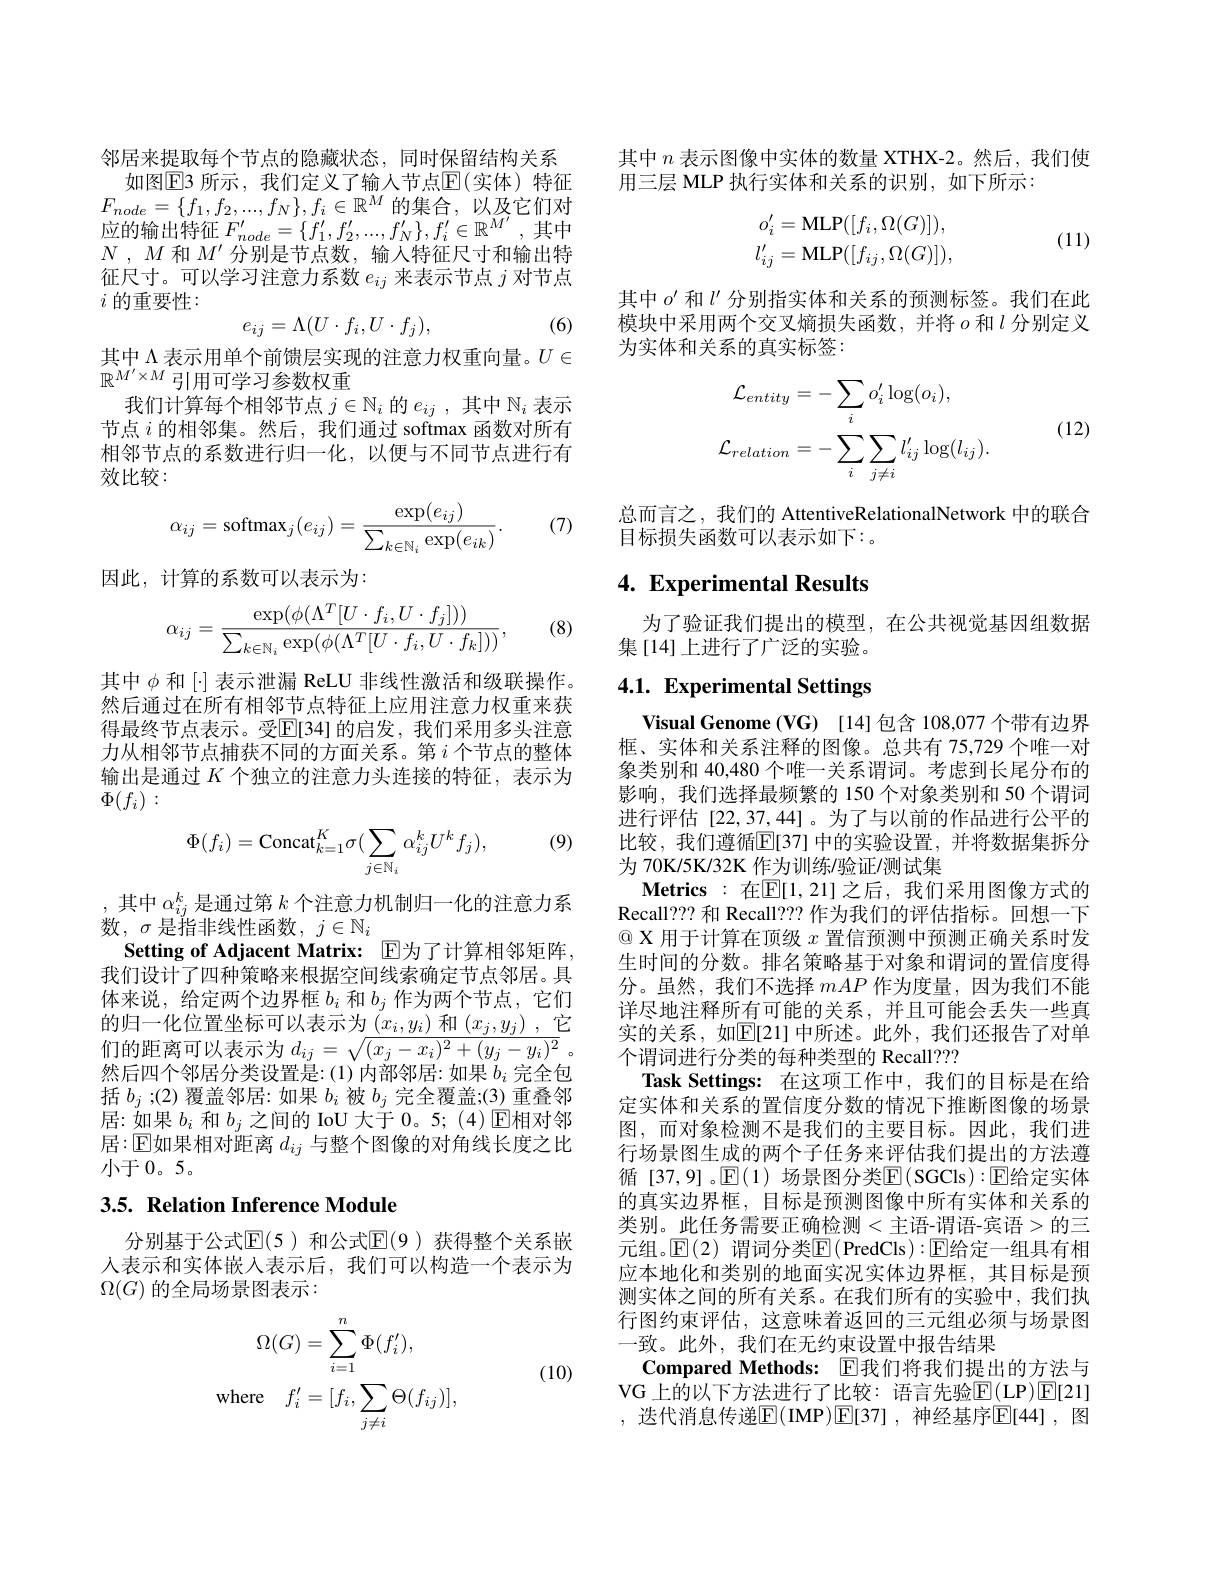
邻居来提取每个节点的隐藏状态，同时保留结构关系
如图$\overline{\mathrm{E}}$3 所示，我们定义了输人节点$\overline{\mathrm{E}}($实体)特征$F_{node}=\{f_1,f_2,...,f_N\},f_i\in\mathbb{R}^M$的集合，以及它们对应的输出特征$F_node^{\prime}=\{f_1^{\prime},f_2^{\prime},...,f_N^{\prime}\},f_i^{\prime}\in\mathbb{R}^{M^{\prime}}$,其中$N$ , $M$和$M^{\prime}$分别是节点数，输入特征尺寸和输出特征尺寸。可以学习注意力系数$e_ij$来表示节点$j$对节点$i$的重要性：
$$e_{ij}=\Lambda(U\cdot f_i,U\cdot f_j),$$
(6)

其中$\Lambda$表示用单个前馈层实现的注意力权重向量。$U\in$
$\stackrel{\wedge}{\mathbb{R}^{M^{\prime}\times M}}$引用可学习参数权重
我们计算每个相邻节点$j\in\mathbb{N}_i$的$e_ij$,其中$\mathbb{N}_i$表示节点$i$的相邻集。然后，我们通过 softmax 函数对所有相邻节点的系数进行归一化，以便与不同节点进行有效比较：
$$\alpha_{ij}=\mathrm{softmax}_j(e_{ij})=\frac{\exp(e_{ij})}{\sum_{k\in\mathbb{N}_i}\exp(e_{ik})}.$$
(7)

因此，计算的系数可以表示为：

(8)
$$\alpha_{ij}=\frac{\exp(\phi(\Lambda^T[U\cdot f_i,U\cdot f_j]))}{\sum_{k\in\mathbb{N}_i}\exp(\phi(\Lambda^T[U\cdot f_i,U\cdot f_k]))},$$
其中$\phi$和$[\cdot]$表示泄漏 ReLU 非线性激活和级联操作。然后通过在所有相邻节点特征上应用注意力权重来获得最终节点表示。受$\mathbb{E}[34]$ 的启发，我们采用多头注意力从相邻节点捕获不同的方面关系。第$i$个节点的整体输出是通过$K$个独立的注意力头连接的特征，表示为$\Phi(f_i):$

(9)
$$\Phi(f_i)=\mathrm{Concat}_{k=1}^K\sigma(\sum_{j\in\mathbb{N}_i}\alpha_{ij}^kU^kf_j),$$
,其中$\alpha_{ij}^k$是通过第$k$个注意力机制归一化的注意力系
数$,\sigma$是指非线性函数$,j\in\mathbb{N}_i$
Setting of Adjacent Matrix: E为了计算相邻矩阵， 我们设计了四种策略来根据空间线索确定节点邻居。具体来说，给定两个边界框$b_i$和$b_j$作为两个节点，它们的归一化位置坐标可以表示为$\underbrace{\left(x_i,y_i\right)\text{和}\left(x_j,y_j\right),\text{它}}$ 们的距离可以表示为$d_{ij}= \sqrt {( x_j- x_i) ^2+ ( y_j- y_i) ^2}$ 。然后四个邻居分类设置是：(1)内部邻居：如果$b_i$完全包括$b_j;$(2)覆盖邻居：如果$b_i$被$b_j$完全覆盖；(3)重叠邻居：如果$b_i$和$b_j$之间的 IoU 大于0。5;(4)▣$\Xi$相对邻居$:\operatorname{E\text{如果相对距离 }d}_{ij}$ 与整个图像的对角线长度之比小于0。5。

# 3.5. Relation Inference Module

分别基于公式$\mathbb{E}(5)$ 和公式$\mathbb{E}(9)$ 获得整个关系嵌人表示和实体嵌入表示后，我们可以构造一个表示为$\Omega(G)$ 的全局场景图表示：

(10)
$$\begin{aligned}\Omega(G)&=\sum_{i=1}^n\Phi(f_i'),\\\mathrm{where}\quad f_i'&=[f_i,\sum_{j\neq i}\Theta(f_{ij})],\end{aligned}$$
其中$n$表示图像中实体的数量 XTHX-2。然后，我们使
用三层 MLP 执行实体和关系的识别，如下所示：
$$\begin{aligned}o_i'&=\text{MLP}([f_i,\Omega(G)]),\\l_{ij}'&=\text{MLP}([f_{ij},\Omega(G)]),\end{aligned}$$
(11)

其中$o^{\prime}$和$l^{\prime}$分别指实体和关系的预测标签。我们在此模块中采用两个交叉熵损失函数，并将$o$ 和$l$ 分别定义为实体和关系的真实标签：
$$\begin{aligned}\mathcal{L}_{entity}&=-\sum_{i}o_{i}^{\prime}\log(o_{i}),\\\mathcal{L}_{relation}&=-\sum_{i}\sum_{j\neq i}l_{ij}^{\prime}\log(l_{ij}).\end{aligned}$$
(12)

总而言之，我们的 AttentiveRelationalNetwork 中的联合
目标损失函数可以表示如下：。

# 4. Experimental Results

为了验证我们提出的模型，在公共视觉基因组数据
集[14]上进行了广泛的实验。

# 4.1. Experimental Settings

Visual Genome (VG) [14]包含 108,077 个带有边界框、实体和关系注释的图像。总共有 75,729 个唯一对象类别和 40,480 个唯一关系谓词。考虑到长尾分布的影响，我们选择最频繁的 150 个对象类别和 50 个谓词进行评估[22,37,44]。为了与以前的作品进行公平的比较，我们遵循[E[37] 中的实验设置，并将数据集拆分为 70K/5K/32K 作为训练/验证/测试集
$\mathbf{Metrics:在E}[1,21]$之后，我们采用图像方式的Recall??? 和 Recall??? 作为我们的评估指标。回想一下$\textcircled{\mathbb{Q}}$ X 用于计算在顶级$x$置信预测中预测正确关系时发生时间的分数。排名策略基于对象和谓词的置信度得分。虽然，我们不选择mAP作为度量，因为我们不能详尽地注释所有可能的关系，并且可能会丢失一些真实的关系，如$\overline{\mathbb{E}}[$21]中所述。此外，我们还报告了对单个谓词进行分类的每种类型的 Recall???
Task Settings: 在这项工作中，我们的目标是在给定实体和关系的置信度分数的情况下推断图像的场景图，而对象检测不是我们的主要目标。因此，我们进行场景图生成的两个子任务来评估我们提出的方法遵循 [37,9] 。$\mathbb{E}(1)$ 场景图分类$\mathbb{E}($SGCls$):\mathbb{E}$给定实体的真实边界框，目标是预测图像中所有实体和关系的类别。此任务需要正确检测<主语-谓语-宾语>的三元组。$\mathbb{E}(2)$ 谓词分类$\mathbb{E}($PredCls$):\mathbb{E}$给定一组具有相应本地化和类别的地面实况实体边界框，其目标是预测实体之间的所有关系。在我们所有的实验中，我们执行图约束评估，这意味着返回的三元组必须与场景图一致。此外，我们在无约束设置中报告结果
Compared Methods: E我们将我们提出的方法与VG 上的以下方法进行了比较：语言先验$\mathbb{E}($LP)$\mathbb{E}[21]$ ,迭代消息传递$\mathbb{E}($IMP$)\mathbb{E}[37]$,神经基序$\mathbb{E}[44]$, 图